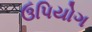
ઉપિયોગ